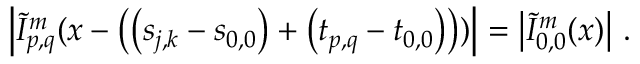
\left\vert \tilde { I } _ { p , q } ^ { m } ( \boldsymbol { x } - \left( \left( \boldsymbol { s } _ { j , k } - \boldsymbol { s } _ { 0 , 0 } \right) + \left( \boldsymbol { t } _ { p , q } - \boldsymbol { t } _ { 0 , 0 } \right) \right) ) \right\vert = \left\vert \tilde { I } _ { 0 , 0 } ^ { m } ( \boldsymbol { x } ) \right\vert \, .